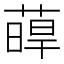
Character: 𦸋